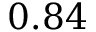
0 . 8 4